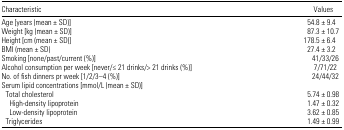
<table><thead><tr><td><b>Characteristic</b></td><td><b>Values</b></td></tr></thead><tbody><tr><td>Age [years (mean ± SD)]</td><td>54.8 ± 9.4</td></tr><tr><td>Weight [kg (mean ± SD)]</td><td>87.3 ± 10.7</td></tr><tr><td>Height [cm (mean ± SD)]</td><td>178.5 ± 6.4</td></tr><tr><td>BMI (mean ± SD)</td><td>27.4 ± 3.2</td></tr><tr><td>Smoking [none/past/current (%)]</td><td>41/33/26</td></tr><tr><td>Alcohol consumption per week [never/≤ 21 drinks/&gt; 21 drinks (%)]</td><td>7/71/22</td></tr><tr><td>No. of fish dinners pr week [1/2/3–4 (%)]</td><td>24/44/32</td></tr><tr><td colspan="2">Serum lipid concentrations [mmol/L (mean ± SD)]</td></tr><tr><td> Total cholesterol</td><td>5.74 ± 0.98</td></tr><tr><td>High-density lipoprotein</td><td>1.47 ± 0.32</td></tr><tr><td>Low-density lipoprotein</td><td>3.62 ± 0.85</td></tr><tr><td> Triglycerides</td><td>1.49 ± 0.99</td></tr></tbody></table>